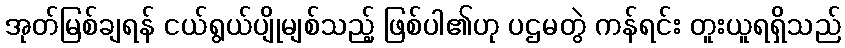
အုတ်မြစ်ချရန် ငယ်ရွယ်ပျိုမျစ်သည့် ဖြစ်ပါ၏ဟု ပဌမတွဲ ကန်ရင်း တူးယူရရှိသည်